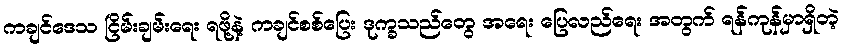
ကချင်ဒေသ ငြိမ်းချမ်းရေး ရဖို့နဲ့ ကချင်စစ်ပြေး ဒုက္ခသည်တွေ အရေး ပြေလည်ရေး အတွက် ရန်ကုန်မှာရှိတဲ့